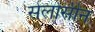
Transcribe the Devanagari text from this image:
सेलोसीन